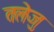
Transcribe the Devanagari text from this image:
तलेजु